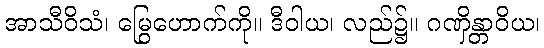
အာသီဝိသံ၊ မြွေဟောက်ကို။ ဒီဝါယ၊ လည်၌။ ဂဏှိန္တာဝိယ၊